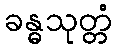
ခန္ဓသုတ္တံ